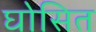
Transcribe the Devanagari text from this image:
घोसित